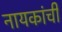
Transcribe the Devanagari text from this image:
नायकांची